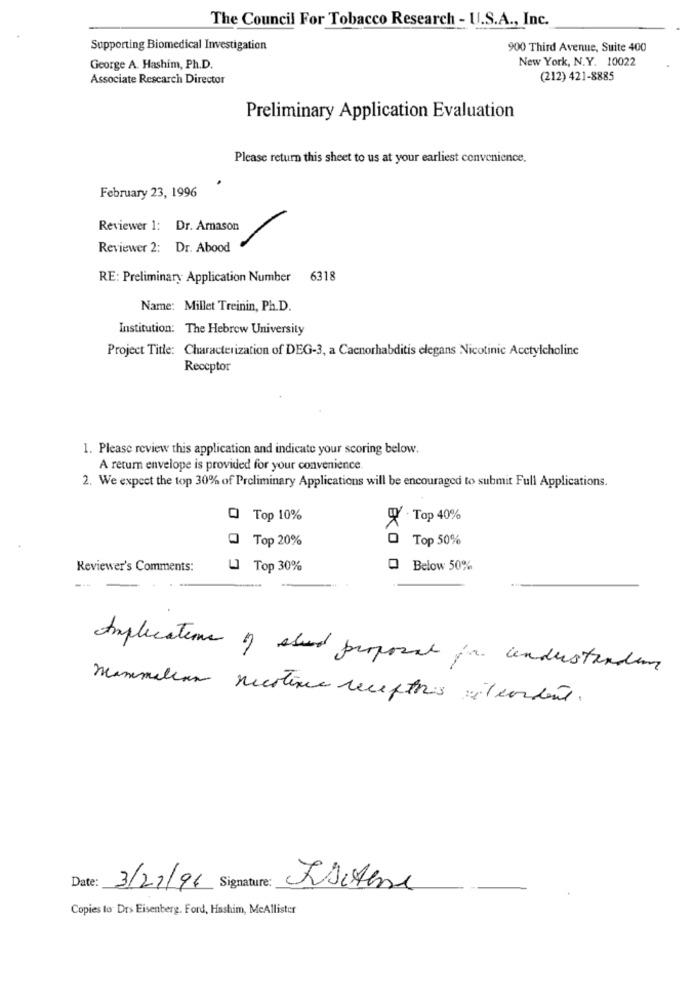
The Council For Tobacco Research - U.S.A ., Inc.
Supporting Biomedical Investigation
900 Third Avenue, Suite 400
New York, N.Y. 10022
George A. Hashim, Ph.D.
Associate Research Director
(212) 421-8885
Preliminary Application Evaluation
Please return this sheet to us at your earliest convenience.
February 23, 1996
Reviewer 1: Dr. Arnason
Reviewer 2: Dr. Abood
RE: Preliminary Application Number
6318
Name: Millet Treinin, Ph.D.
Institution: The Hebrew University
Project Title: Characterization of DEG-3, a Caenorhabditis elegans Nicotinic Acetylcholine
Receptor
1. Please review this application and indicate your scoring below.
A return envelope is provided for your convenience
2. We expect the top 30% of Preliminary Applications will be encouraged to submit Full Applications.
O Top 10%
4 . Top 40%
@ Top 20%
Top 50%
Reviewer's Comments:
L Top 30%
O Below 50%
Implications of sted proposal for understanding
maximilian nicotine recepthis zéteordent.
Date: 3/21/96 Signature: Esistene
Copies to Drs Eisenberg. Ford, Hashim, McAllister